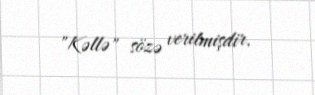
"Kəllə" sözə verilmişdir.